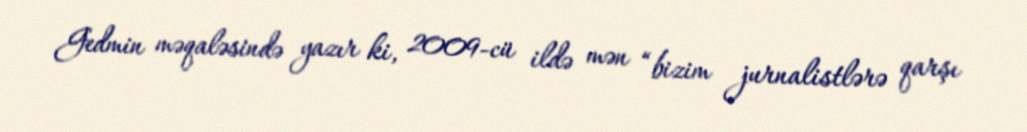
Gedmin məqaləsində yazır ki, 2009-cü ildə mən “bizim jurnalistlərə qarşı